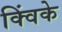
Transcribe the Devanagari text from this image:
क्विंके